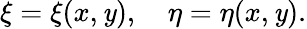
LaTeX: \xi=\xi(x,\mathit{y}),\quad\eta=\eta(x,\mathit{y}).